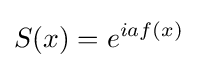
S(x)=e^{iaf(x)}